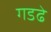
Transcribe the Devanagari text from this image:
गडढे